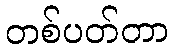
တစ်ပတ်တာ